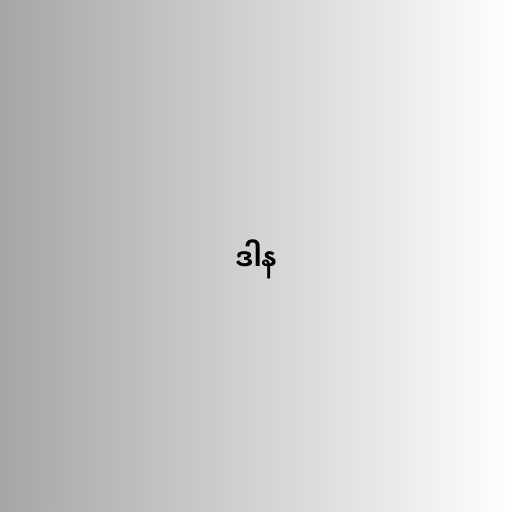
ဒါန